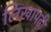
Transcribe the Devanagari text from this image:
लिखापढ़ी